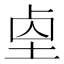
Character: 𡌓